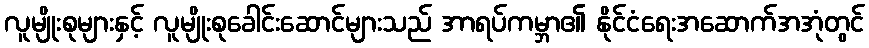
လူမျိုးစုများနှင့် လူမျိုးစုခေါင်းဆောင်များသည် အာရပ်ကမ္ဘာ၏ နိုင်ငံရေးအဆောက်အအုံတွင်